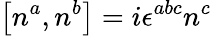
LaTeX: \left[n^{a},n^{b}\right]=i\epsilon^{abc}n^{c}